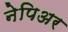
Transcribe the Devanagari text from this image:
नेपिअर